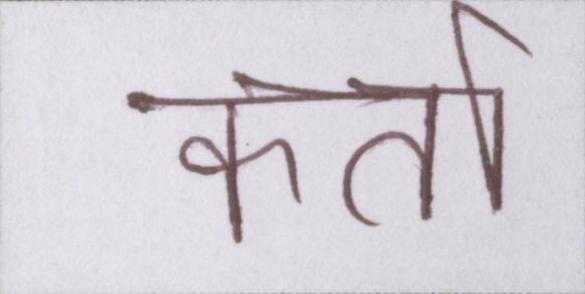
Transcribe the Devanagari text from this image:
कर्ता